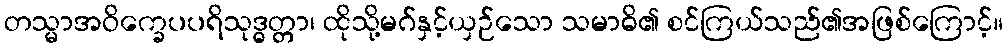
တသ္မာအဝိက္ခေပပရိသုဒ္ဓတ္တာ၊ ထိုသို့မဂ်နှင့်ယှဉ်သော သမာဓိ၏ စင်ကြယ်သည်၏အဖြစ်ကြောင့်။